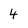
Character: 4